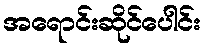
အရောင်းဆိုင်ပေါင်း